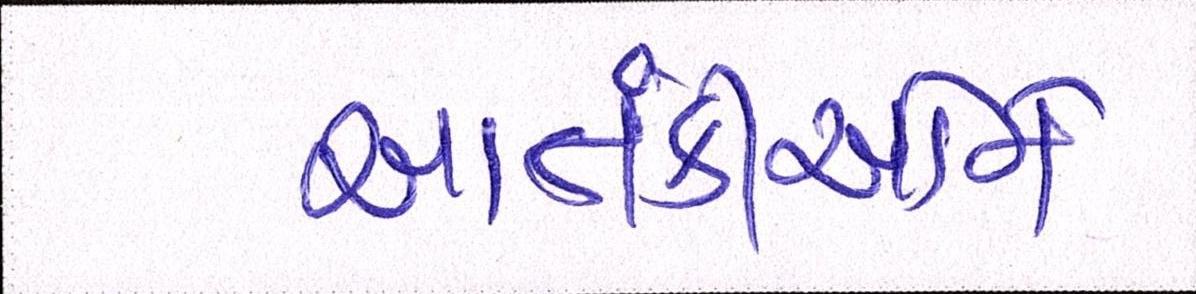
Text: આતંકીઓને